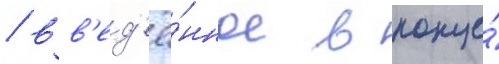
/ вв'ед'ё́нное в конце́